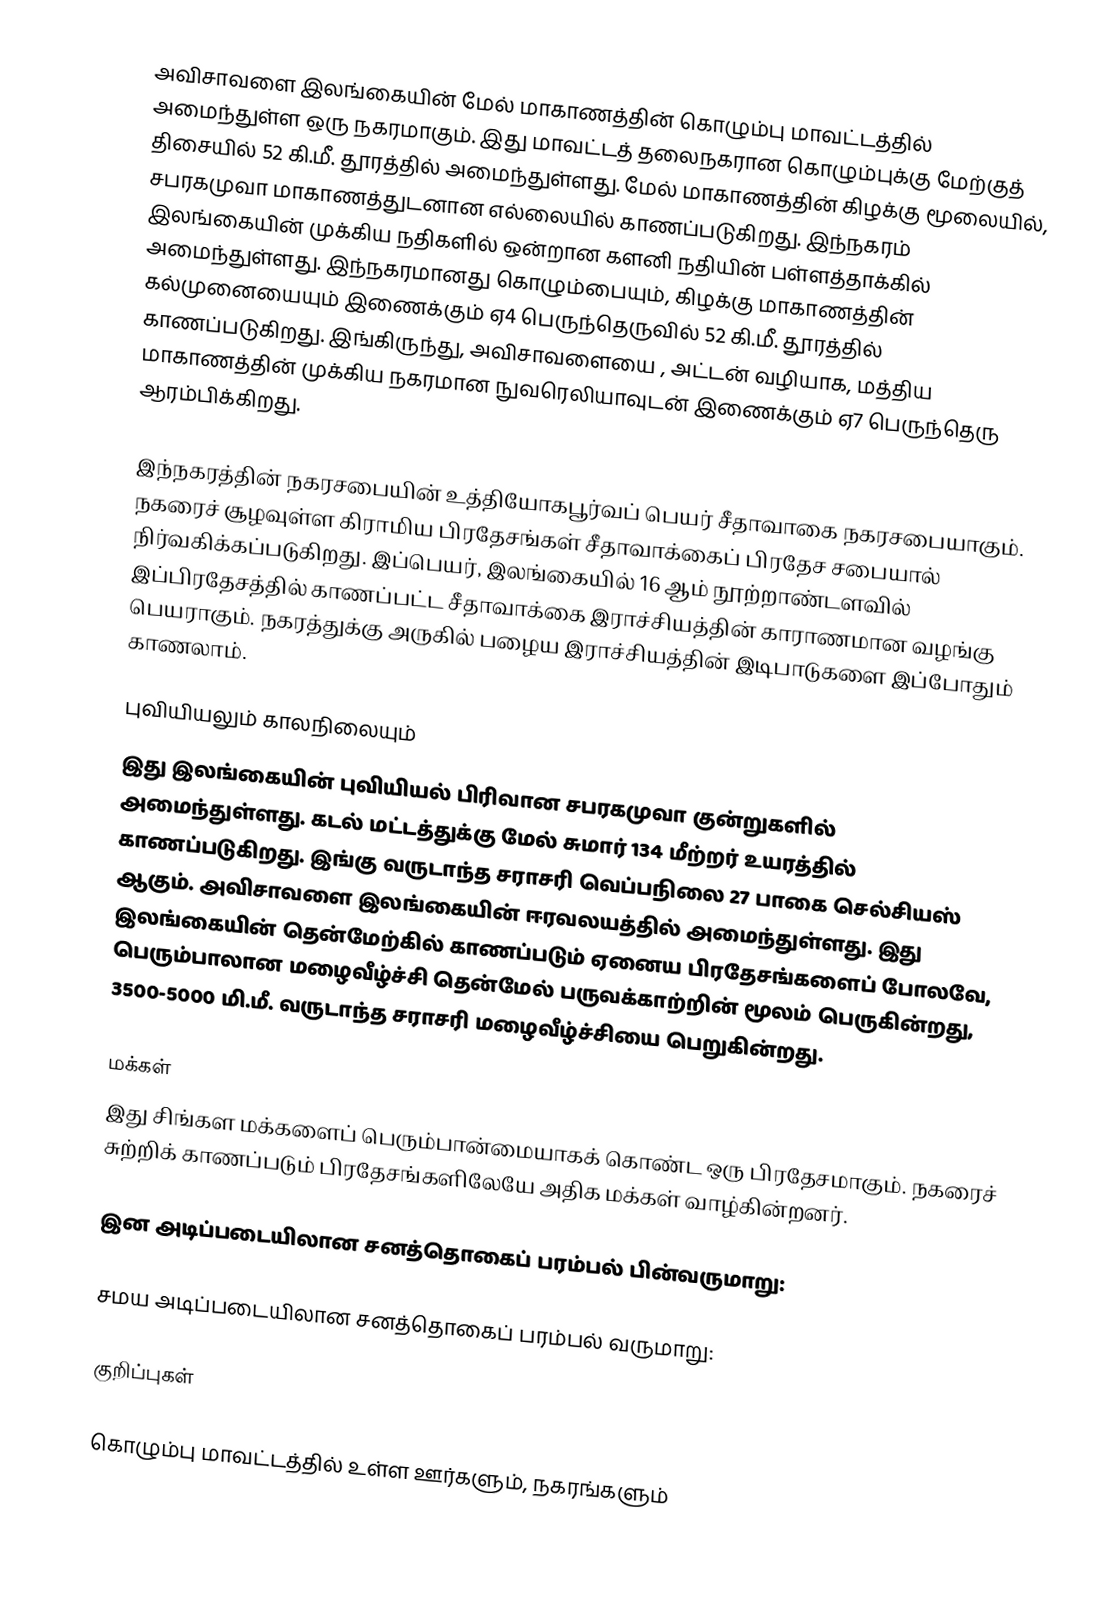
அவிசாவளை இலங்கையின் மேல் மாகாணத்தின் கொழும்பு மாவட்டத்தில் அமைந்துள்ள ஒரு நகரமாகும். இது மாவட்டத் தலைநகரான கொழும்புக்கு மேற்குத் திசையில் 52 கி.மீ. தூரத்தில் அமைந்துள்ளது. மேல் மாகாணத்தின் கிழக்கு மூலையில், சபரகமுவா மாகாணத்துடனான எல்லையில் காணப்படுகிறது.  இந்நகரம் இலங்கையின் முக்கிய நதிகளில் ஒன்றான களனி நதியின் பள்ளத்தாக்கில் அமைந்துள்ளது. இந்நகரமானது கொழும்பையும், கிழக்கு மாகாணத்தின் கல்முனையையும் இணைக்கும் ஏ4 பெருந்தெருவில் 52 கி.மீ. தூரத்தில் காணப்படுகிறது. இங்கிருந்து, அவிசாவளையை , அட்டன் வழியாக, மத்திய மாகாணத்தின் முக்கிய நகரமான நுவரெலியாவுடன் இணைக்கும் ஏ7 பெருந்தெரு ஆரம்பிக்கிறது.

இந்நகரத்தின் நகரசபையின் உத்தியோகபூர்வப் பெயர் சீதாவாகை நகரசபையாகும். நகரைச் சூழவுள்ள கிராமிய பிரதேசங்கள் சீதாவாக்கைப் பிரதேச சபையால் நிர்வகிக்கப்படுகிறது. இப்பெயர், இலங்கையில் 16 ஆம் நூற்றாண்டளவில் இப்பிரதேசத்தில் காணப்பட்ட சீதாவாக்கை இராச்சியத்தின் காராணமான வழங்கு பெயராகும். நகரத்துக்கு அருகில் பழைய இராச்சியத்தின் இடிபாடுகளை இப்போதும் காணலாம்.

புவியியலும் காலநிலையும்
இது இலங்கையின் புவியியல் பிரிவான சபரகமுவா குன்றுகளில் அமைந்துள்ளது. கடல் மட்டத்துக்கு மேல் சுமார் 134 மீற்றர்  உயரத்தில் காணப்படுகிறது. இங்கு வருடாந்த சராசரி வெப்பநிலை 27 பாகை செல்சியஸ் ஆகும். அவிசாவளை இலங்கையின் ஈரவலயத்தில் அமைந்துள்ளது. இது இலங்கையின் தென்மேற்கில் காணப்படும் ஏனைய பிரதேசங்களைப் போலவே, பெரும்பாலான மழைவீழ்ச்சி தென்மேல் பருவக்காற்றின் மூலம் பெருகின்றது, 3500-5000 மி.மீ. வருடாந்த சராசரி மழைவீழ்ச்சியை பெறுகின்றது.

மக்கள்
இது சிங்கள மக்களைப் பெரும்பான்மையாகக் கொண்ட ஒரு பிரதேசமாகும். நகரைச் சுற்றிக் காணப்படும் பிரதேசங்களிலேயே அதிக மக்கள் வாழ்கின்றனர்.

இன அடிப்படையிலான சனத்தொகைப் பரம்பல் பின்வருமாறு:

சமய அடிப்படையிலான சனத்தொகைப் பரம்பல் வருமாறு:

குறிப்புகள்

கொழும்பு மாவட்டத்தில் உள்ள ஊர்களும், நகரங்களும்